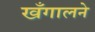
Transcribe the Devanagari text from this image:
खँगालने